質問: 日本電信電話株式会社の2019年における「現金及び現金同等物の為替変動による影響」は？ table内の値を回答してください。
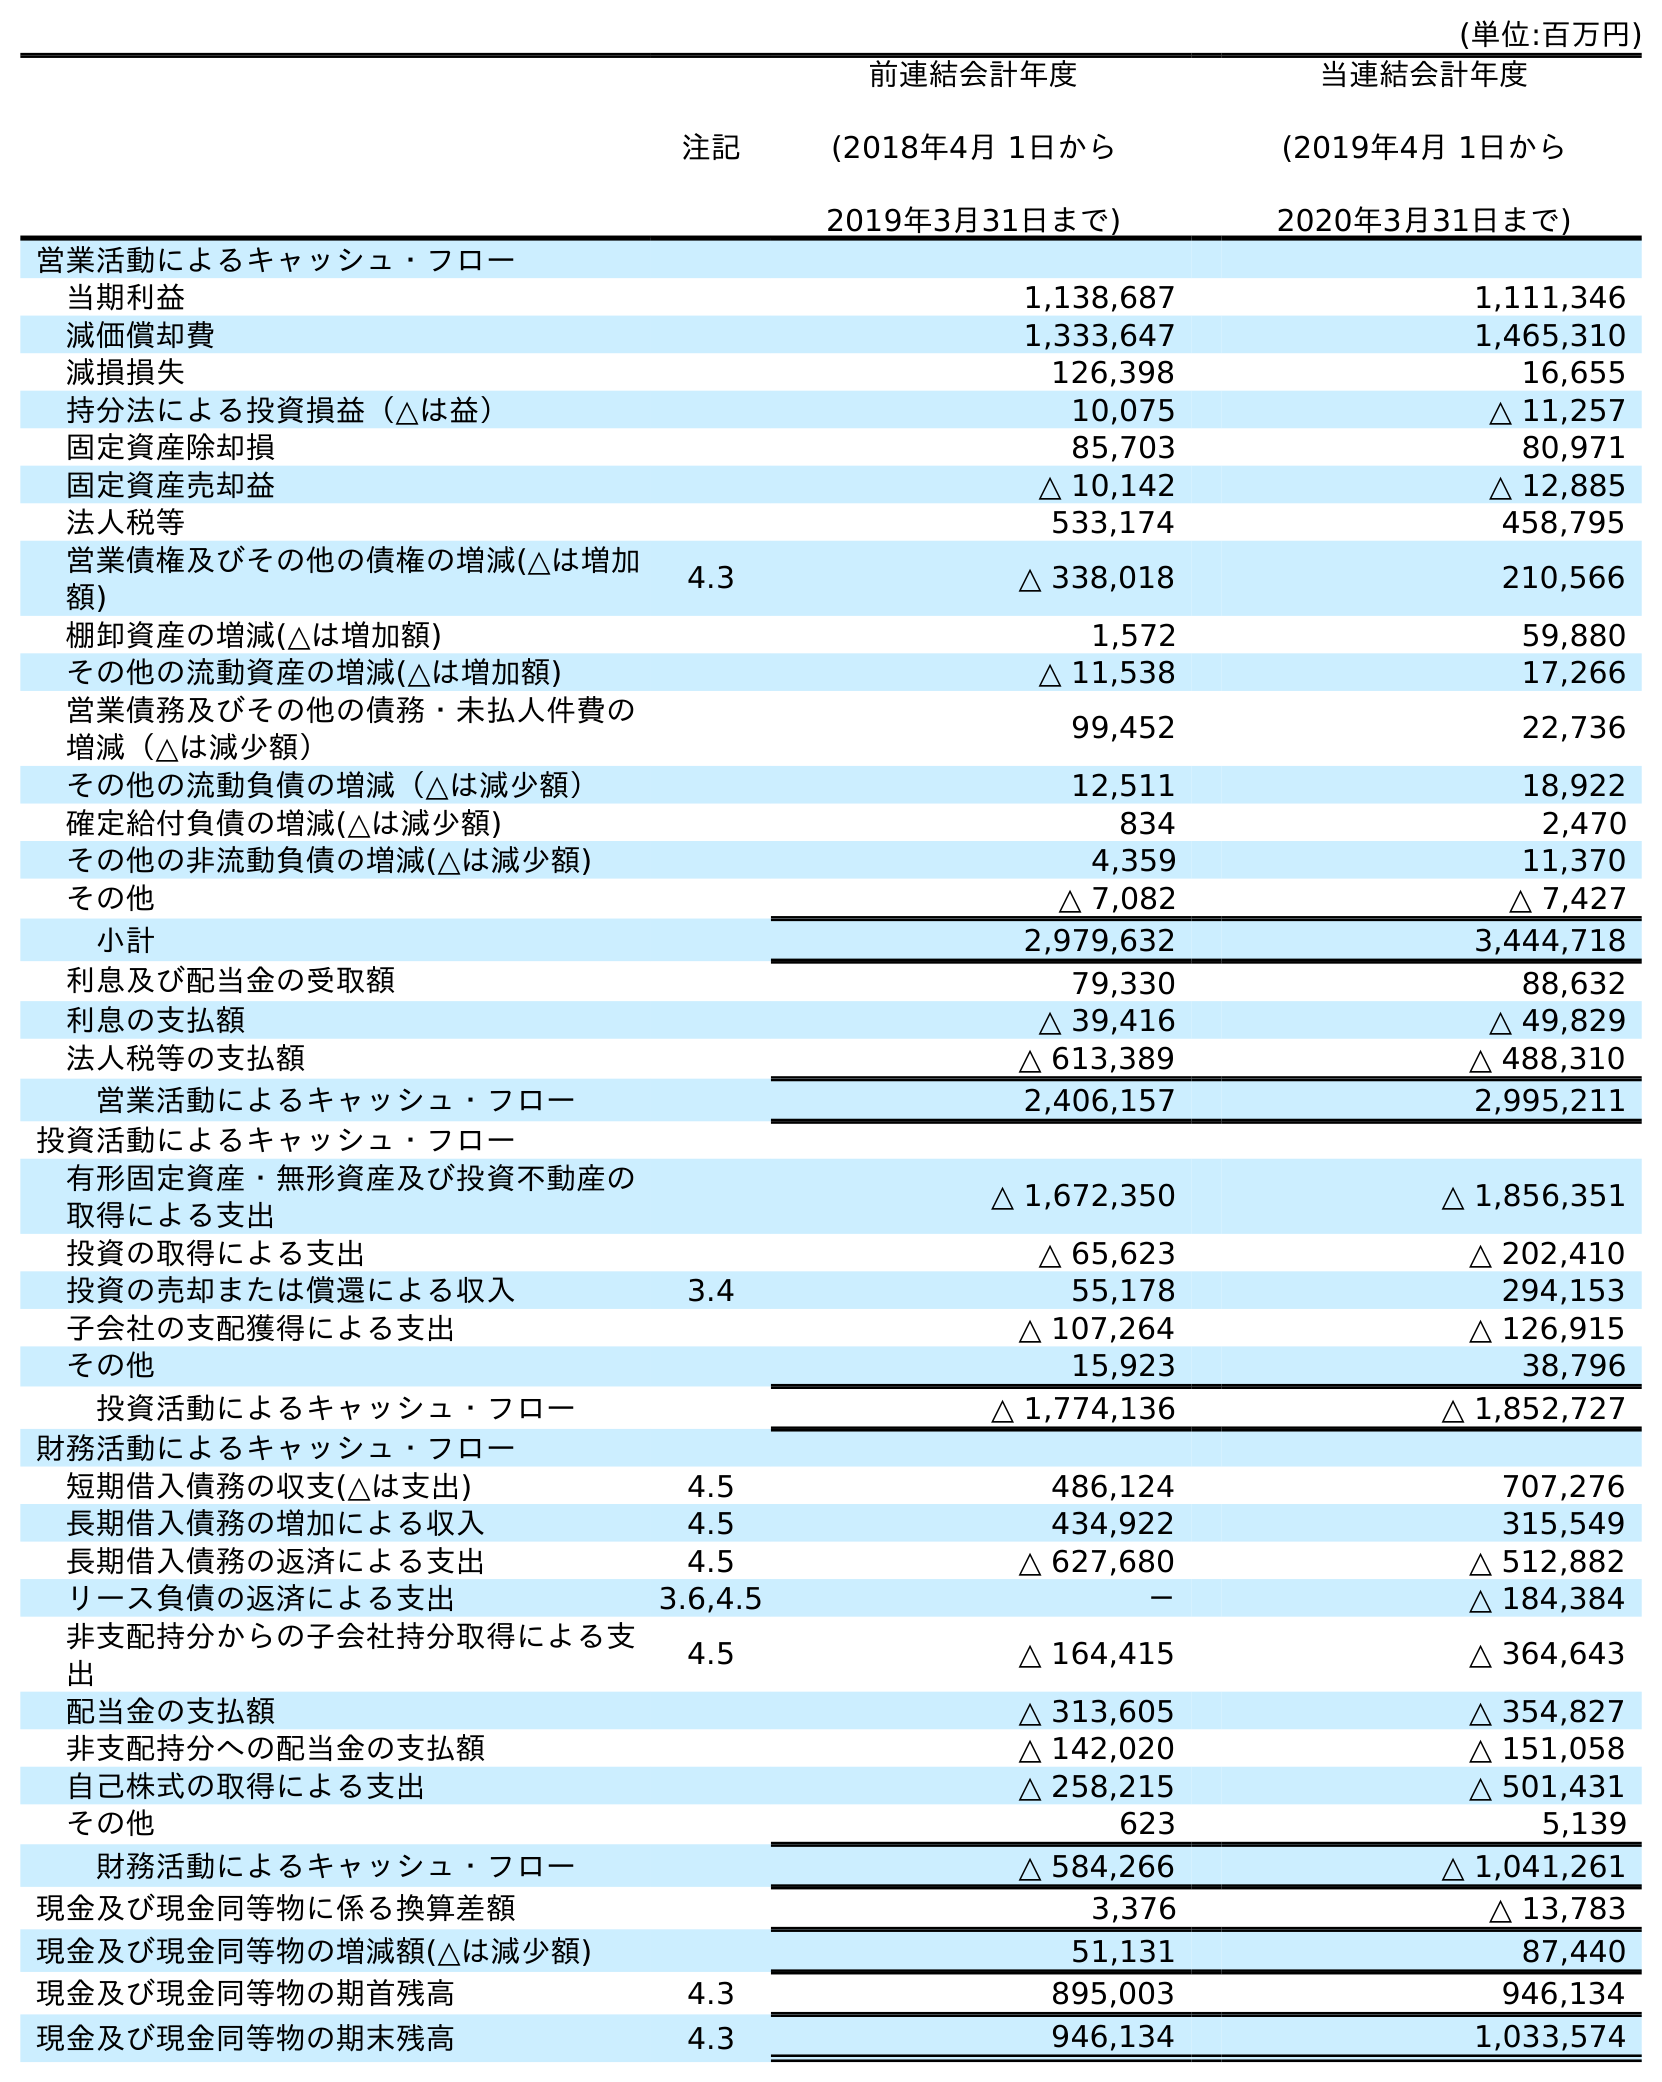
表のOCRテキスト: (単位:百万円) 注記 前連結会計年度 (2018年4月 1日から 2019年3月31日まで) 当連結会計年度 (2019年4月 1日から 2020年3月31日まで) 営業活動によるキャッシュ・フロー 当期利益 1,138,687 1,111,346 減価償却費 1,333,647 1,465,310 減損損失 126,398 16,655 持分法による投資損益（△は益） 10,075 △ 11,257 固定資産除却損 85,703 80,971 固定資産売却益 △ 10,142 △ 12,885 法人税等 533,174 458,795 営業債権及びその他の債権の増減(△は増加 額) 4.3 △ 338,018 210,566 棚卸資産の増減(△は増加額) 1,572 59,880 その他の流動資産の増減(△は増加額) △ 11,538 17,266 営業債務及びその他の債務・未払人件費の 増減（△は減少額） 99,452 22,736 その他の流動負債の増減（△は減少額） 12,511 18,922 確定給付負債の増減(△は減少額) 834 2,470 その他の非流動負債の増減(△は減少額) 4,359 11,370 その他 △ 7,082 △ 7,427 小計 2,979,632 3,444,718 利息及び配当金の受取額 79,330 88,632 利息の支払額 △ 39,416 △ 49,829 法人税等の支払額 △ 613,389 △ 488,310 営業活動によるキャッシュ・フロー 2,406,157 2,995,211 投資活動によるキャッシュ・フロー 有形固定資産・無形資産及び投資不動産の 取得による支出 △ 1,672,350 △ 1,856,351 投資の取得による支出 △ 65,623 △ 202,410 投資の売却または償還による収入 3.4 55,178 294,153 子会社の支配獲得による支出 △ 107,264 △ 126,915 その他 15,923 38,796 投資活動によるキャッシュ・フロー △ 1,774,136 △ 1,852,727 財務活動によるキャッシュ・フロー 短期借入債務の収支(△は支出) 4.5 486,124 707,276 長期借入債務の増加による収入 4.5 434,922 315,549 長期借入債務の返済による支出 4.5 △ 627,680 △ 512,882 リース負債の返済による支出 3.6,4.5 － △ 184,384 非支配持分からの子会社持分取得による支 出 4.5 △ 164,415 △ 364,643 配当金の支払額 △ 313,605 △ 354,827 非支配持分への配当金の支払額 △ 142,020 △ 151,058 自己株式の取得による支出 △ 258,215 △ 501,431 その他 623 5,139 財務活動によるキャッシュ・フロー △ 584,266 △ 1,041,261 現金及び現金同等物に係る換算差額 3,376 △ 13,783 現金及び現金同等物の増減額(△は減少額) 51,131 87,440 現金及び現金同等物の期首残高 4.3 895,003 946,134 現金及び現金同等物の期末残高 4.3 946,134 1,033,574
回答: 3,376